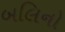
બલિનો